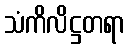
သံကိလိဋ္ဌတရာ